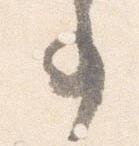
事